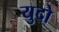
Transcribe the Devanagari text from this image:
युदो